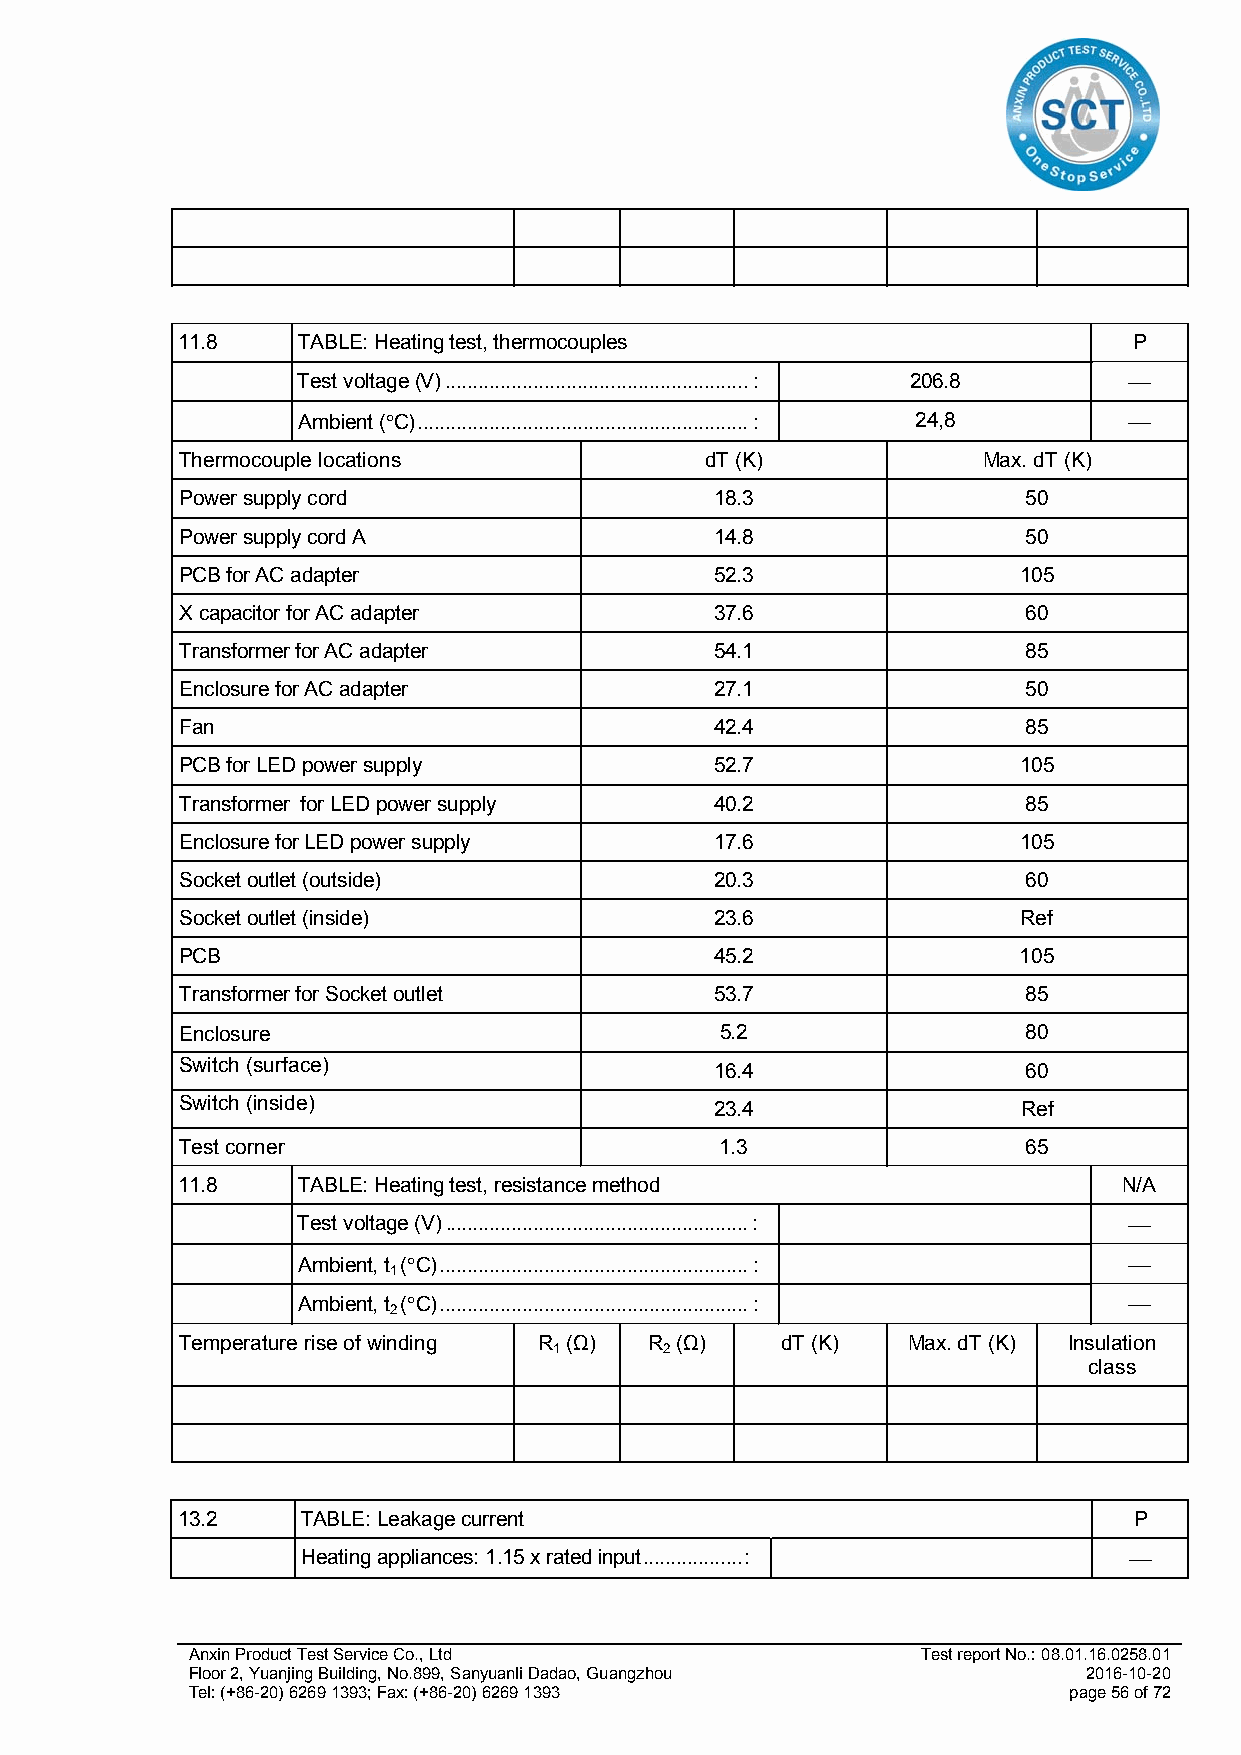
11.8    TABLE: Heating test, thermocouples                     P
 Test voltage (V) ....................................................... : 206.8 
 Ambient (C) ............................................................ : 24,8 
 Thermocouple locations             dT (K)            Max. dT (K)
 Power supply cord                  18.3                 50
 Power supply cord A                14.8                 50
 PCB for AC adapter                 52.3                105
 X capacitor for AC adapter         37.6                 60
 Transformer for AC adapter         54.1                 85
 Enclosure for AC adapter           27.1                 50
 Fan                                42.4                 85
 PCB for LED power supply           52.7                105
 Transformer for LED power supply   40.2                 85
 Enclosure for LED power supply     17.6                105
 Socket outlet (outside)            20.3                 60
 Socket outlet (inside)             23.6                 Ref
 PCB                                45.2                105
 Transformer for Socket outlet      53.7                 85
 Enclosure                           5.2                 80
 Switch (surface)                   16.4                 60
 Switch (inside)                    23.4                 Ref
 Test corner                         1.3                 65
 11.8    TABLE: Heating test, resistance method                N/A
 Test voltage (V) ....................................................... : 
 Ambient, t (C) ........................................................ : 
 1
 Ambient, t (C) ........................................................ : 
 2
 Temperature rise of winding R (Ω) R (Ω) dT (K)  Max. dT (K) Insulation
 1      2
 class
 13.2    TABLE: Leakage current                                 P
 Heating appliances: 1.15 x rated input .................. : 
 Anxin Product Test Service Co., Ltd              Test report No.: 08.01.16.0258.01
 Floor 2, Yuanjing Building, No.899, Sanyuanli Dadao, Guangzhou 2016-10-20
 Tel: (+86-20) 6269 1393; Fax: (+86-20) 6269 1393           page 56 of 72